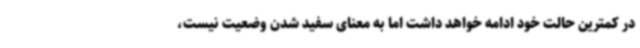
در کمترین حالت خود ادامه خواهد داشت اما به معنای سفید شدن وضعیت نیست،